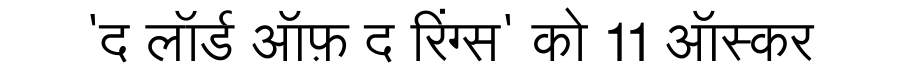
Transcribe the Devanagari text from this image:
'द लॉर्ड ऑफ़ द रिंग्स' को 11 ऑस्कर